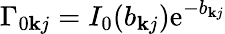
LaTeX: \Gamma_{0\mathbf{k}j}=I_{0}(b_{\mathbf{k}j})\mathrm{e}^{-b_{\mathbf{k}j}}